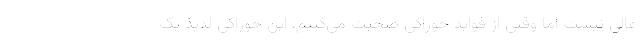
عالی نیست اما وقتی از فواید خوراکی صحبت می‌کنیم، این خوراکی لذیذ یک